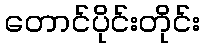
တောင်ပိုင်းတိုင်း